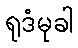
ရုဒံမုခါ